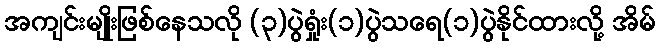
အကျင်းမျိုးဖြစ်နေသလို (၃)ပွဲရှုံး(၁)ပွဲသရေ(၁)ပွဲနိုင်ထားလို့ အိမ်